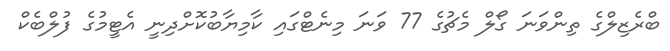
ބްރެޒިލްގެ ތިންވަނަ ގޯލް މެޗުގެ 77 ވަނަ މިނެޓްގައި ކާމިޔާބުކޮށްދިނީ އެޓީމުގެ ފުލްބެކް